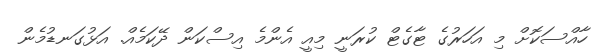
ހާއްސަކޮށް މި އަހަރުގެ ޓާގެޓް ކުރަނީ މިއީ އެންމެ އިސްކަން ދޭކަމެއް. އަޅުގަނޑުމެން